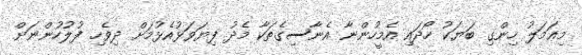
މިޢަމަލު ހިންގި ބަޔަކު ހޯދައި އެމީހުންނާ އެނާސިގެތަކާ މެދު ފިޔަވަޅުއެޅުމަށް ދިވެހި ފުލުހުންނަށް